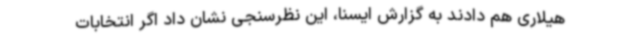
هیلاری هم دادند به گزارش ایسنا، این نظرسنجی نشان داد اگر انتخابات